Oriental or Dehli sore - Number 13
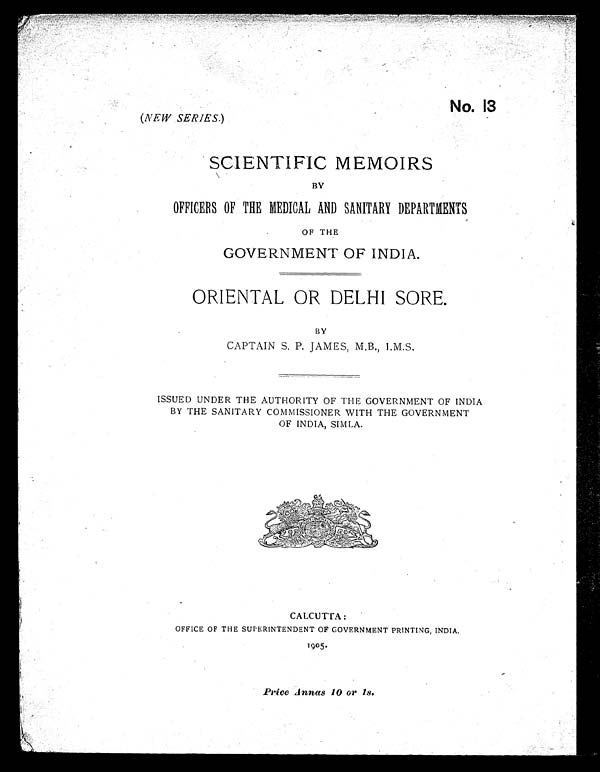
No. 13
( NEW SERIES. )
SCIENTIFIC MEMOIRS
BY
OFFICERS OF THE MEDICAL AND SANITARY DEPARTMENTS
OF THE
GOVERNMENT OF INDIA.
ORIENTAL OR DELHI SORE.
BY
CAPTAIN S. P. JAMES, M.B., I.M.S.
ISSUED UNDER THE AUTHORITY OF THE GOVERNMENT OF INDIA
BY THE SANITARY COMMISSIONER WITH THE GOVERNMENT
OF INDIA, SIMLA.
CALCUTTA:
OFFICE OF THE SUPERINTENDENT OF GOVERNMENT PRINTING, INDIA.
1905.
Price Annas 10 or 1s.